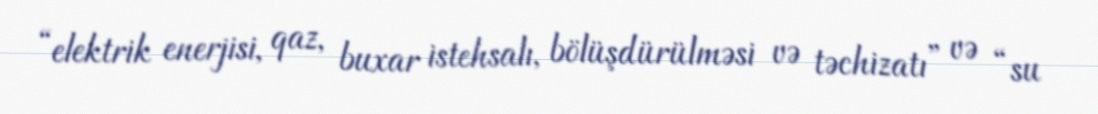
“elektrik enerjisi, qaz, buxar istehsalı, bölüşdürülməsi və təchizatı” və “su